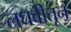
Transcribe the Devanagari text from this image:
लघवीतून